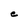
Character: e